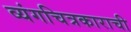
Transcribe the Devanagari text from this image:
व्यंगचित्रकाराची